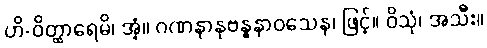
ဟိ-ဝိတ္ထာရေမိ၊ အံ့။ ဂဏနာနုဗန္ဓနာဝသေန၊ ဖြင့်။ ဝိသုံ၊ အသီး။